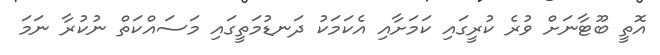
އޮތީ ބޫޓާނަށް ވުރެ ކުރީގައި ކަމަށާއި އެކަމަކު ދަނޑުމަތީގައި މަސައްކަތް ނުކުރާ ނަމަ